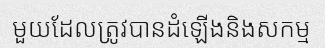
មួយដែលត្រូវបានដំឡើងនិងសកម្ម